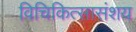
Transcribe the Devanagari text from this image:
विचिकित्सासंशय